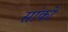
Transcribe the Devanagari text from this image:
सांकी